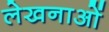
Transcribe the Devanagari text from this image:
लेखनाओं